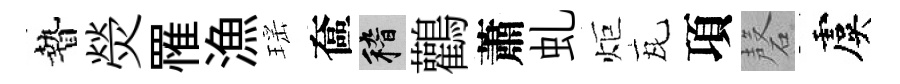
贄熒罹漁瑶奩稽鸛蕭虬炬瓦項磬虞